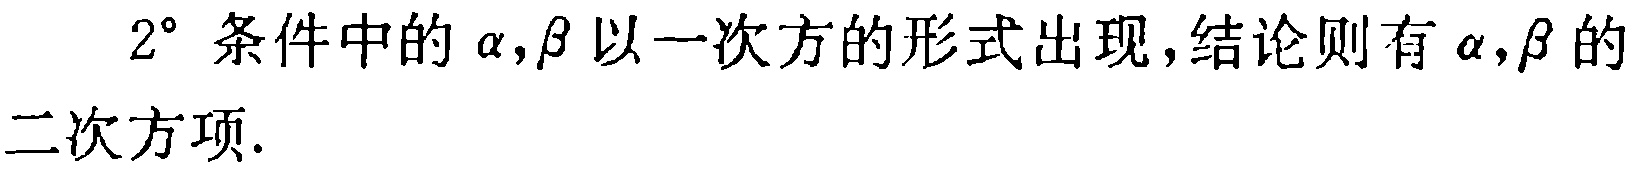
$2^{\circ}$ 条件中的 $\alpha,\beta$ 以一次方的形式出现,结论则有 $\alpha,\beta$ 的二次方项.